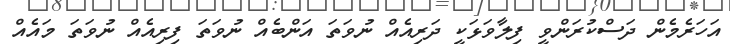
އަހަރެމެން ދަސްކުރަންވީ ފިލާވަޅަކީ ދަރިއެއް ނުވަތަ އަންބެއް ނުވަތަ ފިރިއެއް ނުވަތަ މައެއް